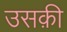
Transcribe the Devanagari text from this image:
उसक़ी